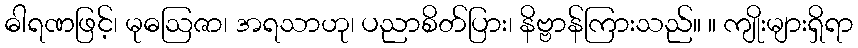
ဓါရဏဖြင့်၊ မုဓဩဇာ၊ အရသာဟု၊ ပညာစိတ်ပြား၊ နိဗ္ဗာန်ကြားသည်။ ။ ကျိုးများရှိရာ